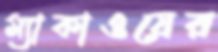
ম্যাকাওয়ের